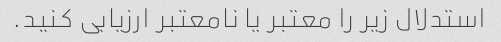
استدلال زیر را معتبر یا نامعتبر ارزیابی کنید.